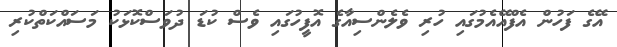
އޭގެ ފަހުން އެފްއޭއެމުގައި ހުރި ވެލެންސިއާގެ އޮފީހުގައި ވެސް ކުޑަ ދުވަސްކޮޅަކު މަސައްކަތްކުރި